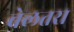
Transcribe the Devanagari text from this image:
बेलतरा